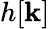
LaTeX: h[\mathbf{k}]